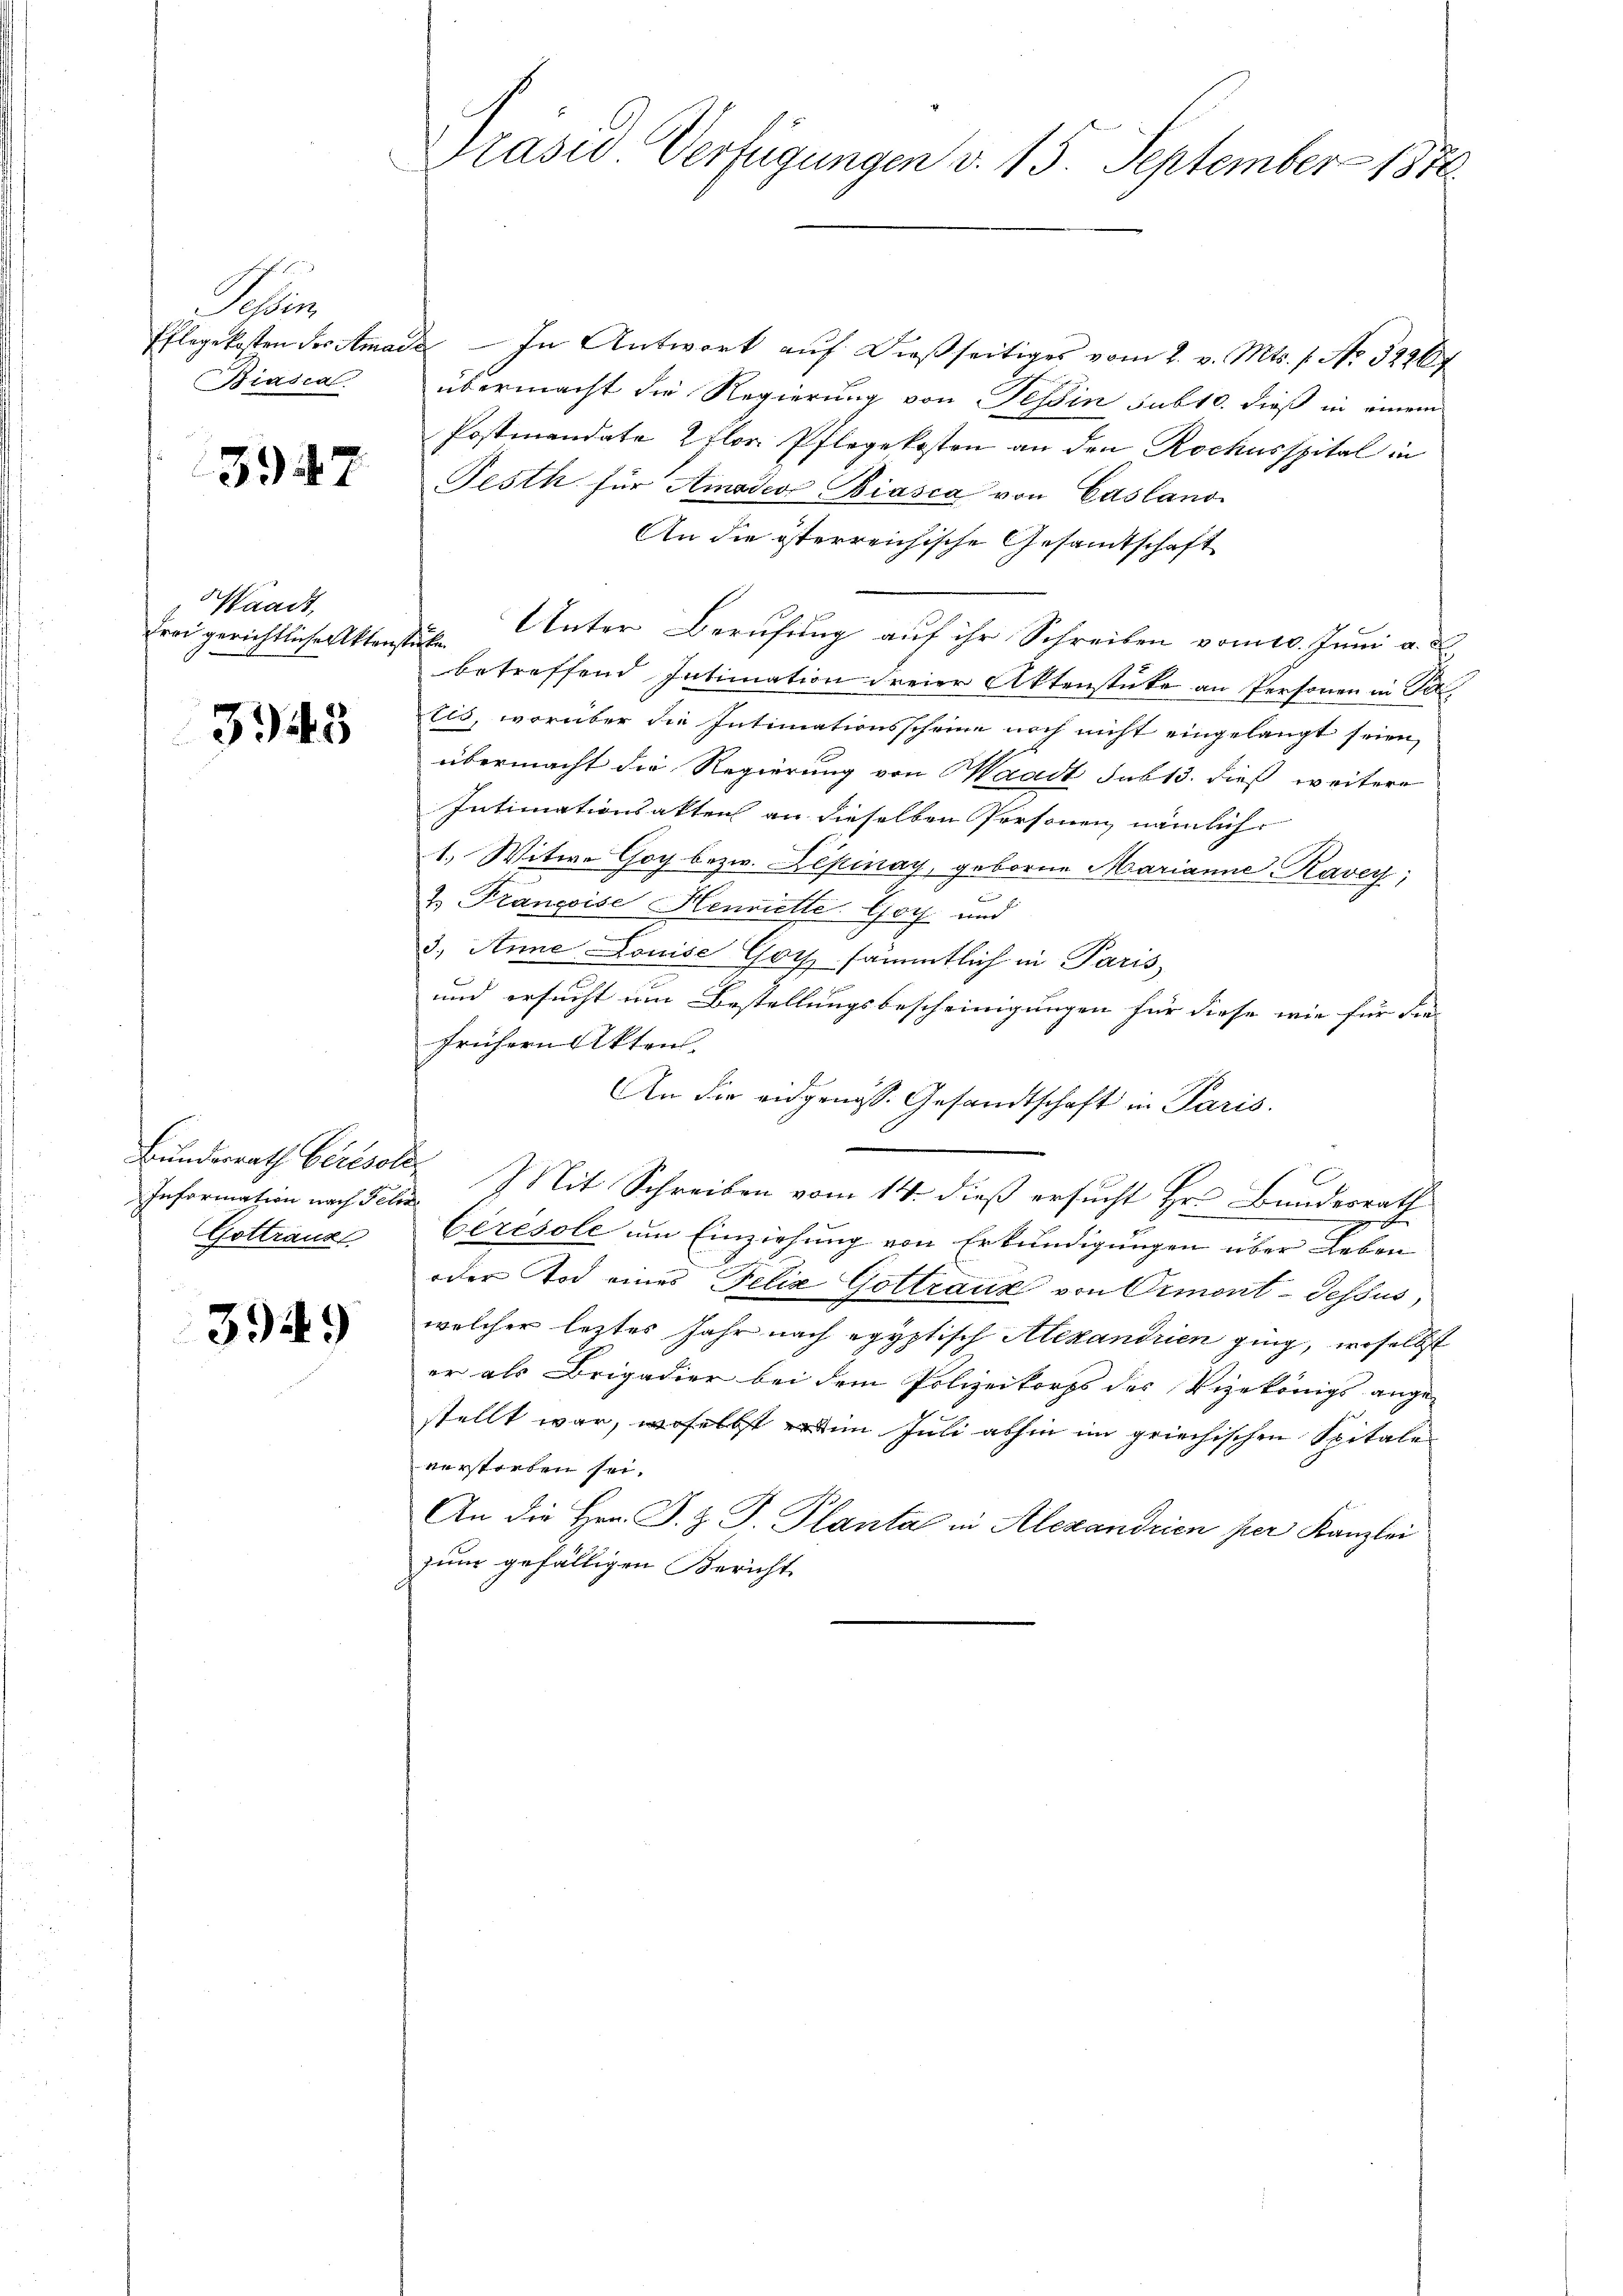
Scher
Biasca

5947

Waadt,
Frei gerichtliche Aktenst

3943

Bundesrath Bertsche
Information nach Felix
Gottrank

3949

Präses Verfügungen d. 15. September 1850.

Eflegekosten der Amade — In Antwort auf dießseitiges vom 2. v. Mts. f. No 32267
übermacht die Regierung von Tessin sub 10. dieß in einem
Postmandate 2 flor. Pflegekosten an den Rochusspital in
Festh für Amades Biasca von Casland
An die österreichische Gesamtschaft
Unter Berufung auf ihr Schreiben vom 10. Juni a. a.,
t
betreffend Intimation freier Aktenstüke an Personen in Se.
Eis, worüber die Intimationsscheine noch nicht eingelangt seien,
übermacht die Regierung von Waadt sub 13. dieß weitere
Intimationsakten an dieselben Personen, nämlich
1. Witwe Goy bezw. Lepinay, geborne Marianne Ravey;
2. Françoise Henriette Goy und
3. Anne Louise Gott sämmtlich in Paris
und ersucht um Bestellungsbescheinigungen für diese wie für die
frühern Akten.
An die eidgenöss. Gesandtschaft in Paris.
e
Mit Schreiben vom 14. dieß ersucht Hr. Bundesrath
x
bérésole um Einziehung von Erkundigungen über Leben
oder Tod eines Felix Gottrauz von Ormont-dessus,
welcher letztes Jahr nach egyptisch Alexandrien ging, woselbst
er als Brigadier bei dem Polizeikorps des Vizekönigs ange-
stellt war, woselbst im Juli abhin im griechischen Spitale
verstorben sei.
An die Hrn. J. J. J. Planta in Alexandrien per Kanzlei
zum gefälligen Bericht